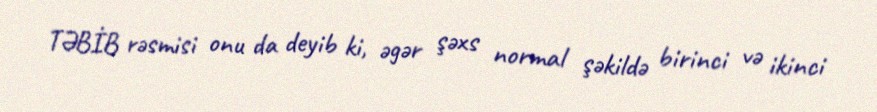
TƏBİB rəsmisi onu da deyib ki, əgər şəxs normal şəkildə birinci və ikinci